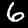
Label: 6